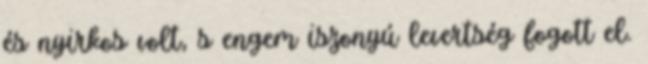
és nyirkos volt, s engem iszonyú levertség fogott el.